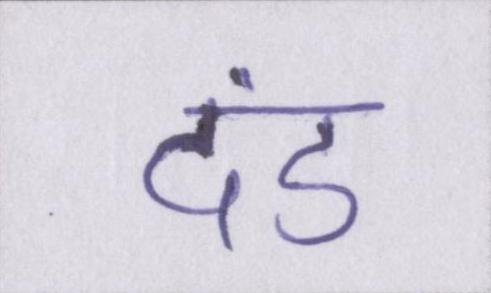
दंड